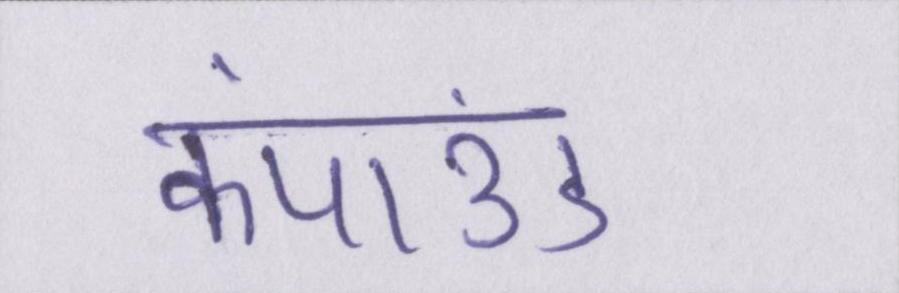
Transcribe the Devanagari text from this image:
कंपाउंड